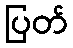
ပြတ်